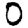
Digit: 0